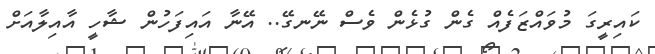
ކައިރީގަ މުވައްޒަފެއް ގެން ގުޅެން ވެސް ނޭނގޭ.. އޭނާ އައިފަހުން ޝާހީ އާއިލާއަށް